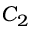
C _ { 2 }